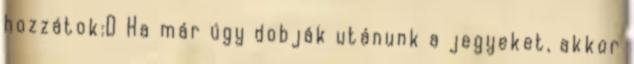
hozzátok:D Ha már úgy dobják utánunk a jegyeket, akkor